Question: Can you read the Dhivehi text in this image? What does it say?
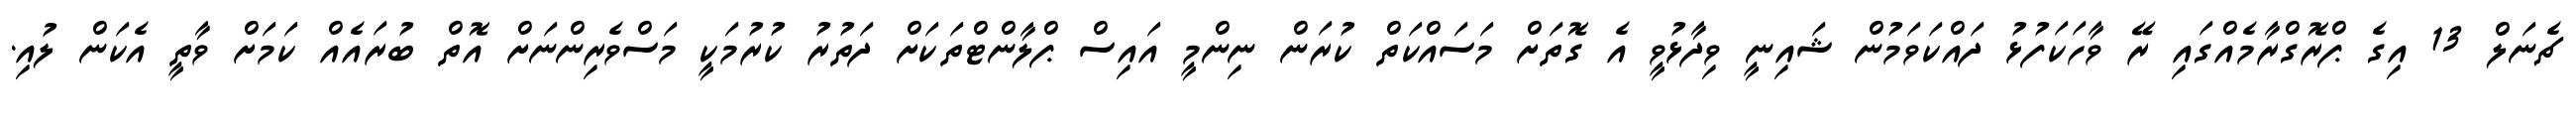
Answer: ޗެނަލް 13 އިގެ ޕްރޮގްރާމެއްގައި ރޭ ވާހަކަފުޅު ދައްކަވަމުން ޝައިނީ ވިދާޅުވީ އެ ގޮތަށް މަސައްކަތް ކުރަން ނިންމީ އައިސް ޕްލާންޓްތަކަށް ދަތުރު ކުރުމަކީ މަސްވެރިންނަށް އޮތް ބުރައެއް ކަމަށް ވާތީ އެކަން ލުއި.